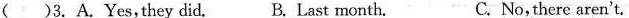
( )3.A.Yes,they did. B.Last month. C.No, there aren't.